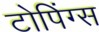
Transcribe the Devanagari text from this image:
टोपिंग्स